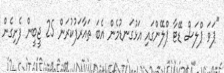
"ޕަވަ ޕްލަސް ޑޭޓާ ޕްލޭންގައި އަޅުގަނޑުމެން އެބަ ތައާރަފުކުރަން 25 ޖީބީން ފެށިގެން